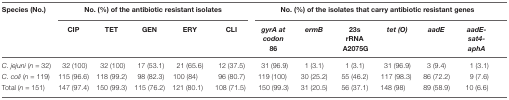
| Species (No.) | <COLSPAN=5> No. (%) of the antibiotic resistant isolates | <COLSPAN=6> No. (%) of the isolates that carry antibiotic resistant genes |
 |  | CIP | TET | GEN | ERY | CLI | gyrA at codon 86 | ermB | 23s rRNA A2075G | tet (O) | aadE | aadE-sat4-aphA |
 | --- | --- | --- | --- | --- | --- | --- | --- | --- | --- | --- | --- |
 | C. jejuni (n = 32) | 32 (100) | 32 (100) | 17 (53.1) | 21 (65.6) | 12 (37.5) | 31 (96.9) | 1 (3.1) | 1 (3.1) | 31 (96.9) | 3 (9.4) | 1 (3.1) |
 | C. coli (n = 119) | 115 (96.6) | 118 (99.2) | 98 (82.3) | 100 (84) | 96 (80.7) | 119 (100) | 30 (25.2) | 55 (46.2) | 117 (98.3) | 86 (72.2) | 9 (7.6) |
 | Total (n = 151) | 147 (97.4) | 150 (99.3) | 115 (76.2) | 121 (80.1) | 108 (71.5) | 150 (99.3) | 31 (20.5) | 56 (37.1) | 148 (98) | 89 (58.9) | 10 (6.6) |